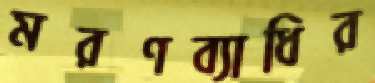
মরণব্যাধির